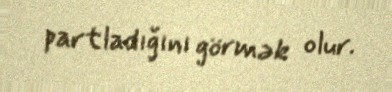
partladığını görmək olur.